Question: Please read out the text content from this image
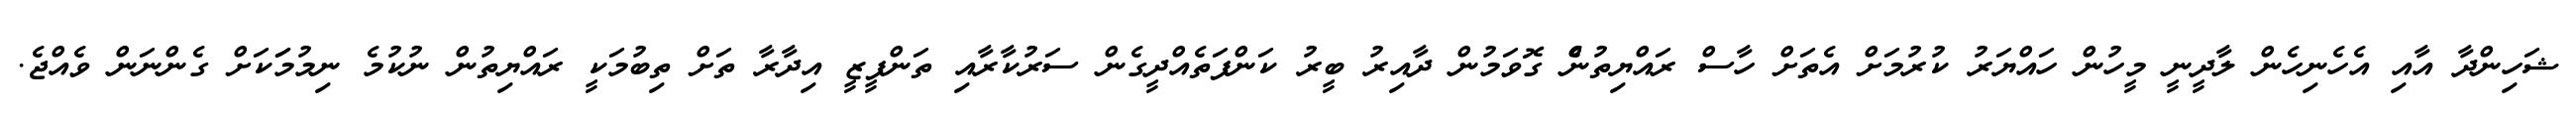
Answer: ޝަހިންދާ އާއި އެހެނިހެން ލާދީނީ މީހުން ހައްޔަރު ކުރުމަށް އެތަށް ހާސް ރައްޔިތުނެް ގޮވަމުން ދާއިރު ބީރު ކަންފަތެއްދީގެން ސަރުކާރާއި ތަންފީޒީ އިދާރާ ތަށް ތިބުމަކީ ރައްޔިތުން ނުކުމެ ނިމުމަަކަށް ގެންނަން ވެއްޖެ.